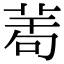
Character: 𦲆